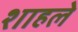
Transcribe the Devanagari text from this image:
शाहले